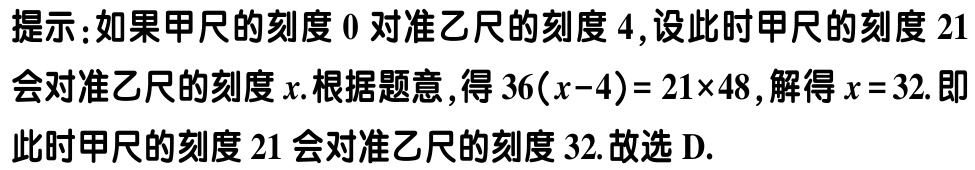
提示：如果甲尺的刻度 \(0\) 对准乙尺的刻度 \(4\)，设此时甲尺的刻度 \(21\) 会对准乙尺的刻度 \(x\). 根据题意，得 \(36(x - 4)=21\times48\)，解得 \(x = 32\). 即此时甲尺的刻度 \(21\) 会对准乙尺的刻度 \(32\). 故选 D.